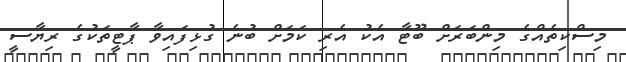
މިސްކިތެއްގެ މިންބަރަށް ބޫޓާ އެކު އެރި ކަމަށް ބުނެ ގުޅިފައިވާ ޕާޓީތަކުގެ ރިޔާސީ